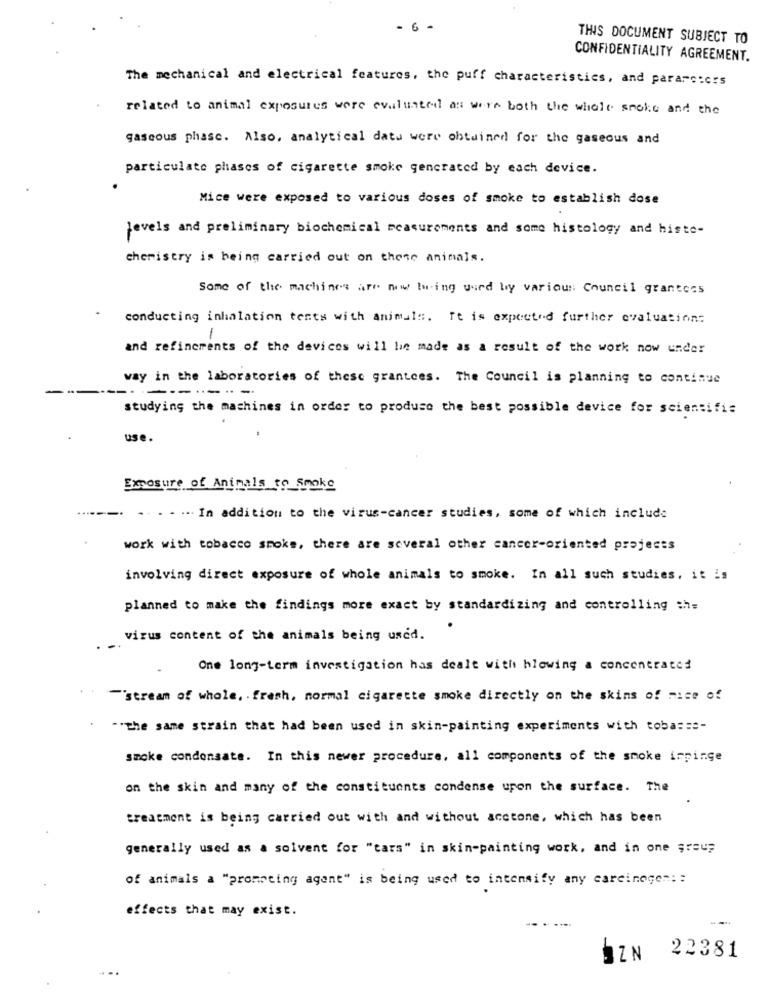
- 6 -
THIS DOCUMENT SUBJECT TO
CONFIDENTIALITY AGREEMENT.
The mechanical and electrical features, the puff characteristics, and parare:crs
related to animal exposures were evaluated as were both the whole smoke and the
gaseous phase. Also, analytical datu were obtained for the gaseous and
particulate phases of cigarette smoke gencrated by each device.
Mice were exposed to various doses of smoke to establish dose
levels and preliminary biochemical measurements and some histology and histe-
chemistry is being carried out on these animals.
Some of the machines are now Being used by various Council grantees
conducting inhalation tents with animals. It is expected further evaluation:
-
and refinements of the devices will be made as a result of the work now under
way in the laboratories of these grantees. The Council is planning to continue
---- -
studying the machines in order to produce the best possible device for scientific
use.
Exposure of Animals to Smoke
.. . . .. In addition to the virus-cancer studies, some of which include
work with tobacco smoke, there are several other cancer-oriented projects
involving direct exposure of whole animals to smoke. In all such studies, it is
planned to make the findings more exact by standardizing and controlling ch=
virus content of the animals being used.
One long-term investigation has dealt with blowing a concentrated
"stream of whole. . fresh, normal cigarette smoke directly on the skins of mice of
-. the same strain that had been used in skin-painting experiments with toba= ==-
smoke condensate. In this newer procedure, all components of the smoke impinge
on the skin and many of the constituents condense upon the surface. The
treatment is being carried out with and without acctone, which has been
generally used as a solvent for "tars" in skin-painting work, and in one ;raus
of animals a "promoting agent" is being used to intensity any carcinege": :
effects that may exist.
OZN 22381